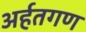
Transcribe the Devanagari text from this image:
अर्हतगण